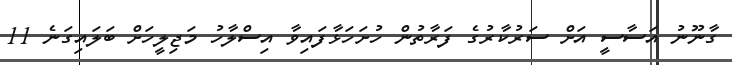
ގާނޫނު އަސާސީ އަށް ސަރުކާރުގެ ފަރާތުން ހުށަހަޅާފައިވާ އިސްލާހު މަޖިލީހަށް ބަލައިގަނެ 11